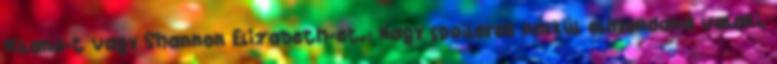
Milano-t vagy Shannon Elizabeth-et.: Nagy spoilerek nélkül elmondaná valaki,